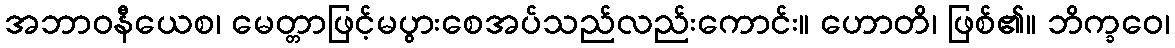
အဘာဝနီယေစ၊ မေတ္တာဖြင့်မပွားစေအပ်သည်လည်းကောင်း။ ဟောတိ၊ ဖြစ်၏။ ဘိက္ခဝေ၊